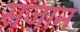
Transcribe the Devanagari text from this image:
सजान